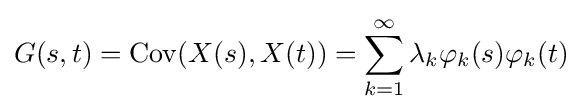
G(s,t)=\operatorname {Cov} (X(s),X(t))=\sum _{k=1}^{\infty }\lambda _{k}\varphi _{k}(s)\varphi _{k}(t)